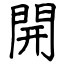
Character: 開